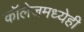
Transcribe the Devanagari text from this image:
कॉलेजमध्येही